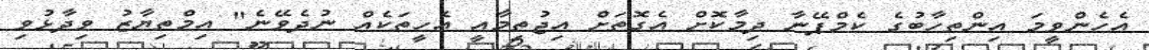
އެހެންވީމަ އިންތިހާބުގެ ކެމްޕޭނާ ދިމާކޮށް އެގޮތަށް އިޖުތިމާއީ އެހީތަކެއް ނުދެވޭނެ" އިމްތިޔާޒު ވިދާޅުވި